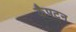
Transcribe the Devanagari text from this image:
कैपटन